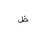
Letter: _za